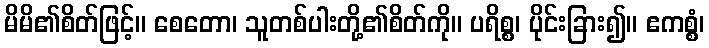
မိမိ၏စိတ်ဖြင့်။ စေတော၊ သူတစ်ပါးတို့၏စိတ်ကို။ ပရိစ္စ၊ ပိုင်းခြား၍။ ဧကစ္စံ၊